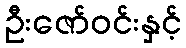
ဦးဇော်ဝင်းနှင့်